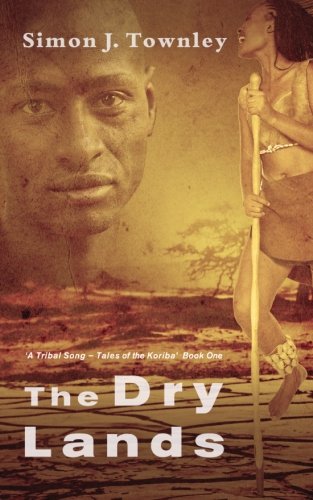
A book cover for The Dry Lands (A Tribal Song - Tales of the Koriba) (Volume 1); Simon J. Townley; Teen & Young Adult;